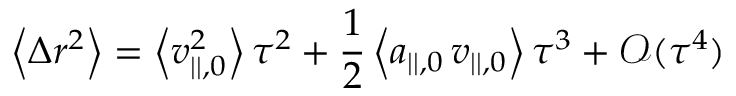
\left\langle { \Delta r ^ { 2 } } \right\rangle = \left\langle { v _ { | | , 0 } ^ { 2 } } \right\rangle \tau ^ { 2 } + \frac { 1 } { 2 } \left\langle { a _ { | | , 0 } \, v _ { | | , 0 } } \right\rangle \tau ^ { 3 } + \mathcal { O } ( \tau ^ { 4 } )